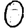
Digit: 0